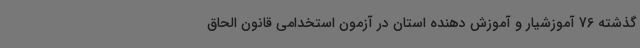
گذشته 76 آموزشیار و آموزش دهنده استان در آزمون استخدامی قانون الحاق